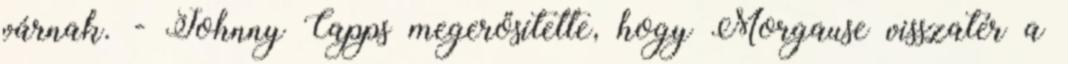
várnak. - Johnny Capps megerősítette, hogy Morgause visszatér a